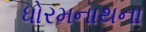
ધોરમનાથના